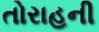
તોરાહની